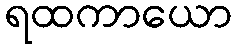
ရထကာယော